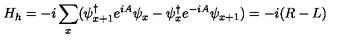
H _ { h } = - i \sum _ { x } ( \psi _ { x + 1 } ^ { \dag } e ^ { i A } \psi _ { x } - \psi _ { x } ^ { \dag } e ^ { - i A } \psi _ { x + 1 } ) = - i ( R - L )